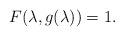
LaTeX: \begin{align*}F(\lambda,g(\lambda))=1. \end{align*}